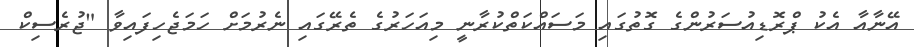
އޭނާއާ އެކު ޕްރޮޑިއުސަރުންގެ ގޮތުގައި މަސައްކަތްކުރާނީ މިއަހަރުގެ ތެރޭގައި ނެރުމަށް ހަމަޖެހިފައިވާ "ޖުރެސިކް